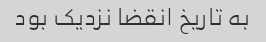
به تاریخ انقضا نزدیک بود